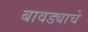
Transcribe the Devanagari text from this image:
बावड्याचे